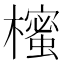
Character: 櫁